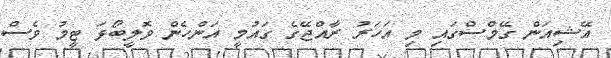
އޭޝިއަން ގޭމްސްގައި މި އަހަރު ރާއްޖޭގެ ގައުމީ އަންހެން ވޮލީބޯޅަ ޓީމު ވެސް